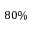
8 0 \%